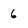
Character: 6